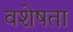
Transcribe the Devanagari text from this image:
वशेषता